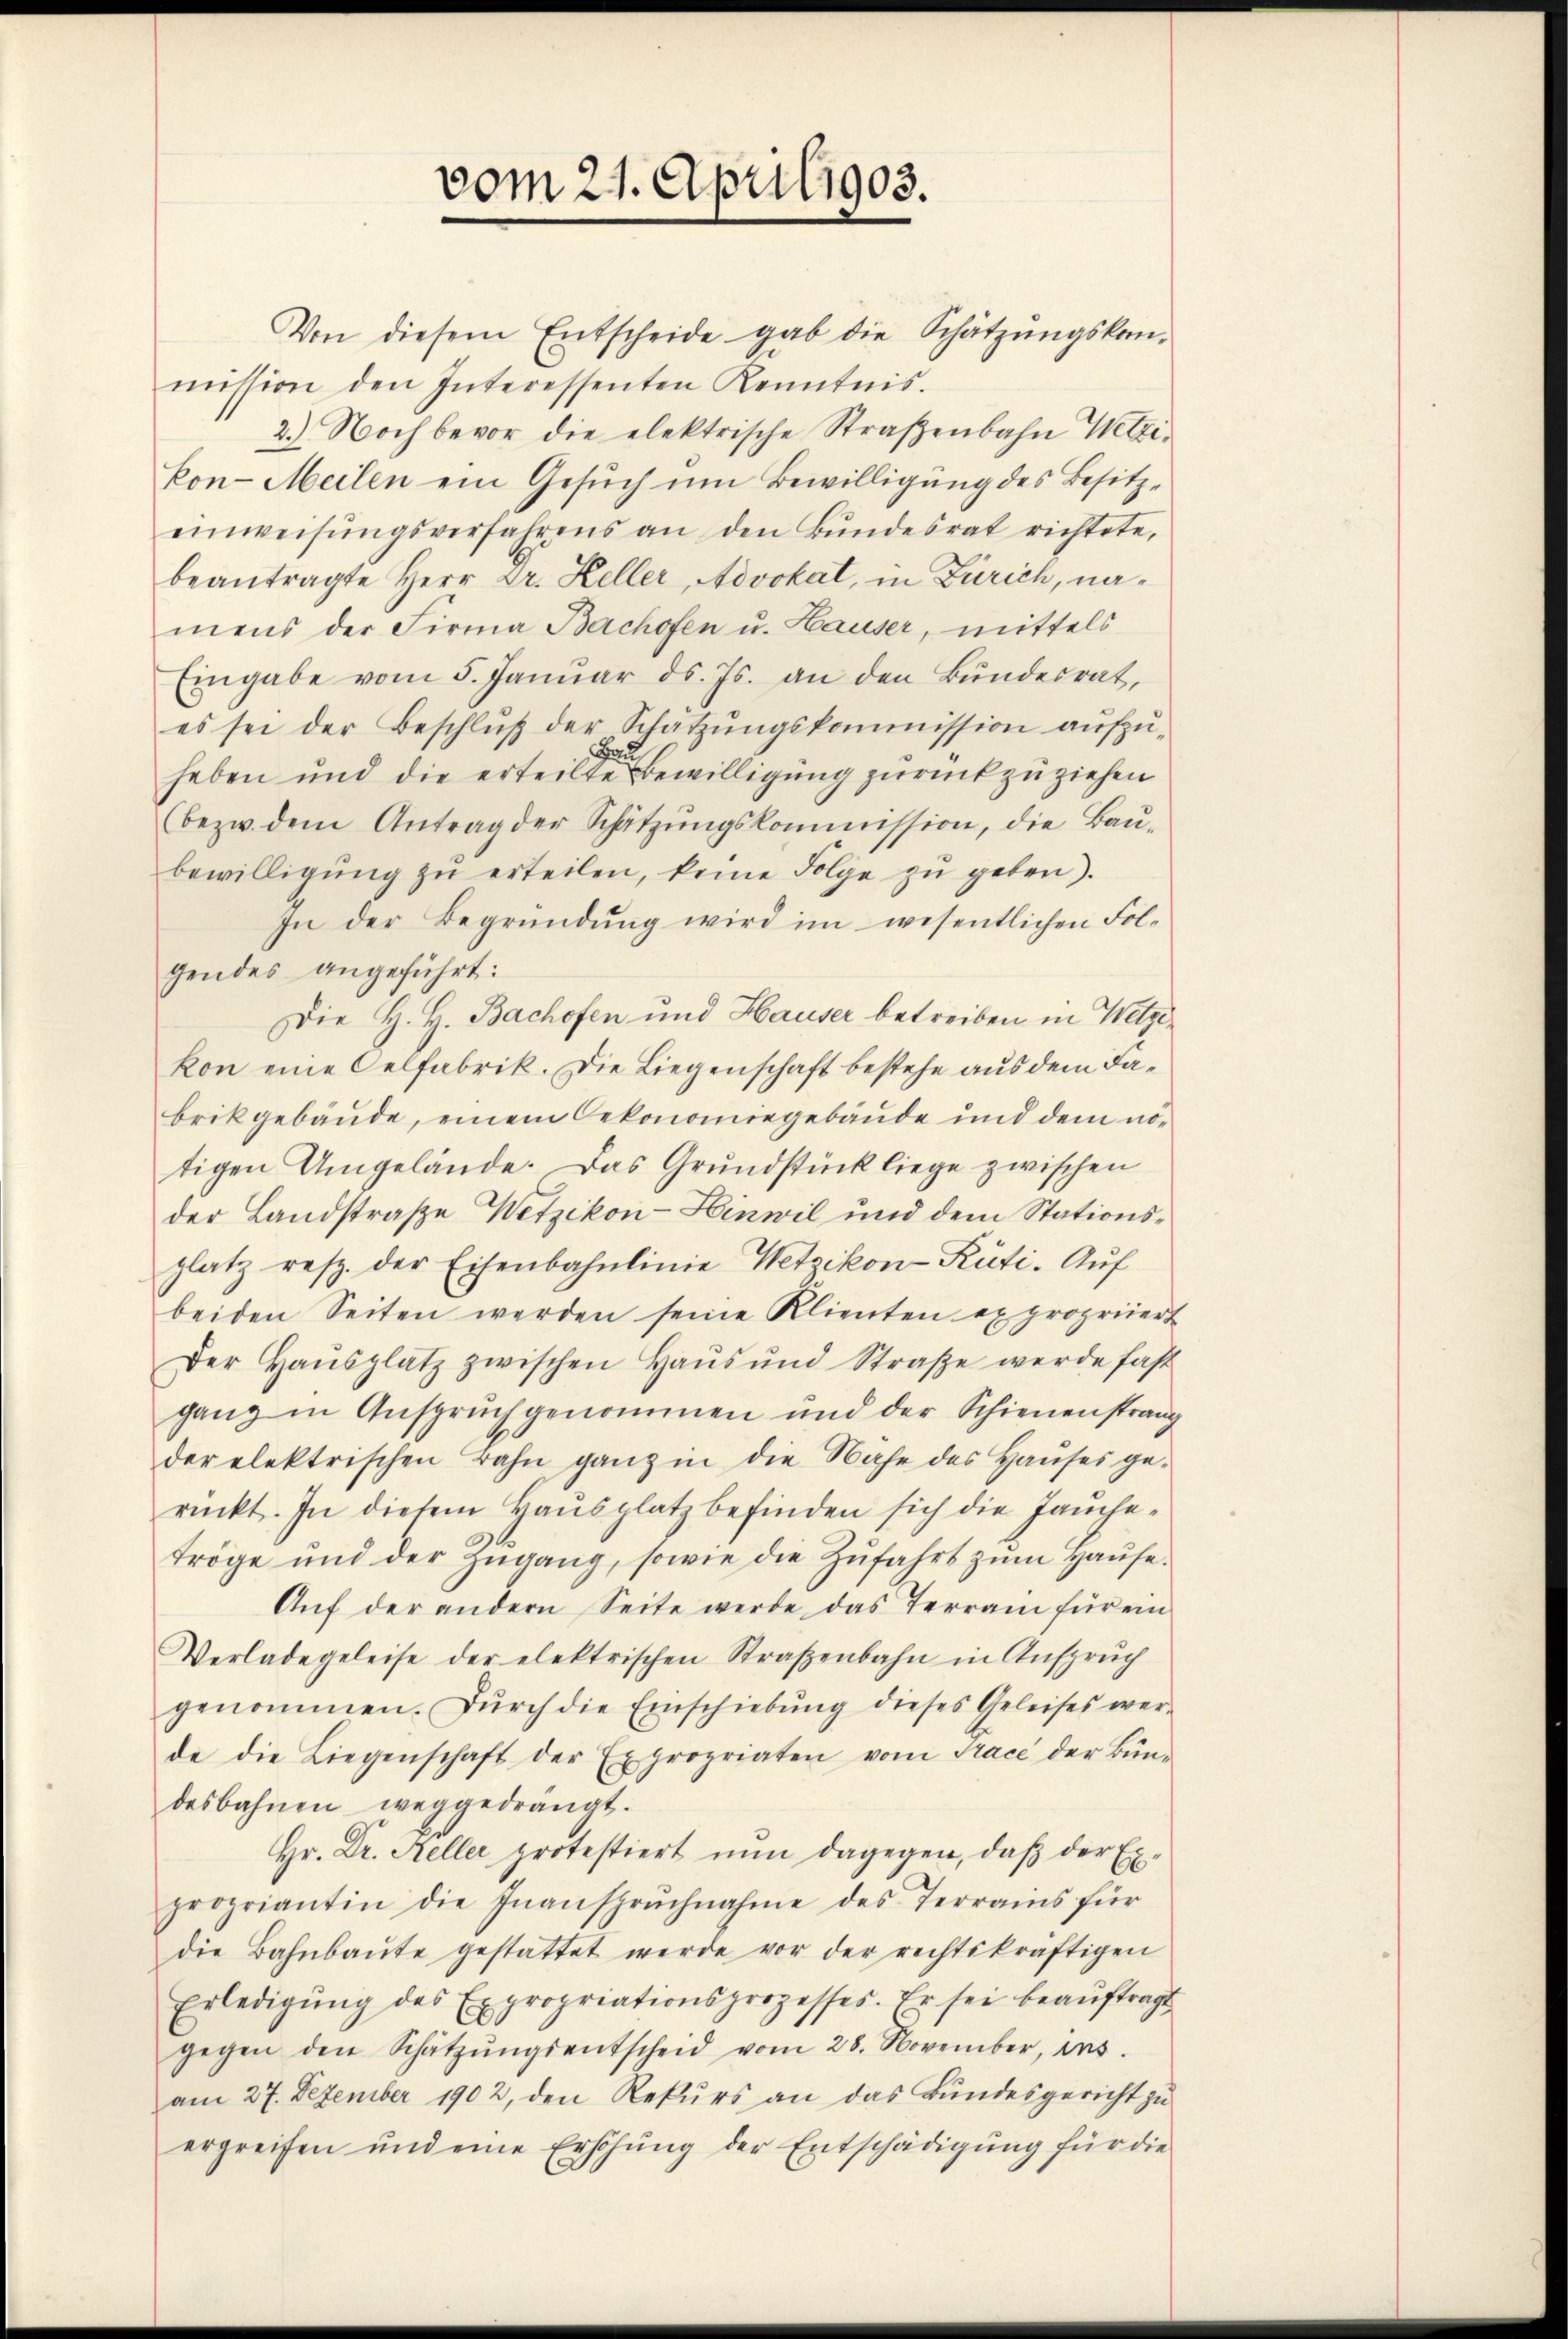
vom 21. Aprili903.

Von diesem Entscheide gab die Schätzŭngskom-
mission den Interessenten Kenntnis.
2.) Noch bevor die elektrische Straβenbahn Wetzikon-Meilen ein Gesŭch um Bewilligung des Besitz-
einweisŭngsverfahrens an den Bŭndesrat richtete,
beantragte Herr Dr. Heller, Advokat, in Zürich, namens der Firma Bachofen u. Hauser, mittels
Eingabe vom 5. Janŭar d. Js. an den Bŭndesrat,
es sei der Beschlŭβ der Schätzŭngskommission aŭfzŭ-
haben und die erteilte Bewilligung zurückzuziehen
(bezw. dem Antrag der Schätzŭngskommission, die Baŭ-
bewilligŭng zŭ erteilen, keine Folge zŭ geben).
In der Begründŭng wird im wesentlichen Fol-
gendes angeführt:
Die H. H. Bachofen und Hauser betreiben in Wetzikon eine Oelfabrik. Die Liegenschaft bestehe aus dem Fabrikgebäude, einem Oekonomiegebäude und dem nötigen Umgelände. Das Grundstück liege zwischen
der Landstraße Wetzikon-Hinwil und dem Stationsplatz resp. der Eisenbahnlinie Wetzikon-Rüti. Auf
beiden Seiten werden seine Klienten ex propriiert
Der Haŭsplatz zwischen Haŭs ŭnd Straβe werde fast
ganz in Anspruchgenommen und der Schienenstrang
der elektrischen Bahn ganz in die Nahe des Haŭses ge-
rückt. In diesem Haŭsplatz befinden sich die Jaŭchetröge und der Zŭgang, sowie die Zŭfahrt zŭm Hause.
Aŭf der andern Seite werde das Terrain für ein
Verlade geleise der elektrischen Straßenbahn in Anspruch
genommen. Dŭrch die Einschiebŭng dieses Geleises wer-
de die Liegenschaft der Expropriaten vom Trace der Bün-
desbahnen weggedrängt.
Hr. Dr. Keller protestiert nun dagegen, daß der Expropriantin die Inansprŭchnahme des Terrains für
die Bahnbaŭte gestattet werde vor der rechtskräftigen
Erledigŭng des Expropriationsprozesses. Er sei beaŭftragt
gegen den Schätzŭngsentscheid vom 28. November, ins
am 27. Dezember 1902, den Rekurs an das Bundesgericht zu
ergreifen und eine Erhöhŭng der Entschädigŭng für die